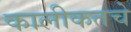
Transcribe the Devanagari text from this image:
कालीकतचे